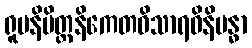
ရူပနိမိတ္တနိကေတဝိသာရဝိနိဗန္ဓာ